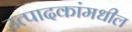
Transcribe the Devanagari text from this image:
उत्पादकांमधील